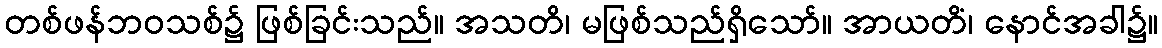
တစ်ဖန်ဘဝသစ်၌ ဖြစ်ခြင်းသည်။ အသတိ၊ မဖြစ်သည်ရှိသော်။ အာယတိံ၊ နောင်အခါ၌။